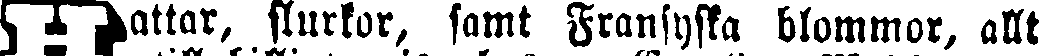
Hattar, slurkor, samt Fransyska blommor, allt